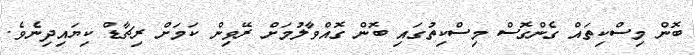
ބޮން މިސްކިތައް ގެންގޮސް މިސްކިތުގައި ބޮން ގޮއްވާލުމަށް ރޭވިން ކަމަށް ރިޗާޑް ކިޔައިދިނެވެ.